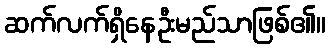
ဆက်လက်ရှိနေဦးမည်သာဖြစ်၏။